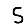
Digit: 5